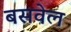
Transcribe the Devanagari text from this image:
बसवेल